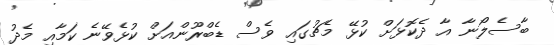
ބާސެލޯނާ އާ ދެކޮޅަށް ކުޅޭ މެޗުގައި ވެސް ޑެބްރޫންއަށް ކުޅެވޭނެ ކަމާއި މެދު